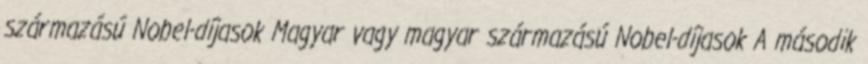
származású Nobel-díjasok Magyar vagy magyar származású Nobel-díjasok A második